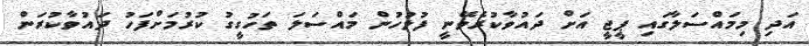
އަދި މިމައްސަލާގައި ޕީޖީ އަށް ދައުވާކުރެވޭނީ ފުލުހުން މައްސަަލަ ތަހުގީގު ކުރުމަށްފަހު ދައުވާކުރަން